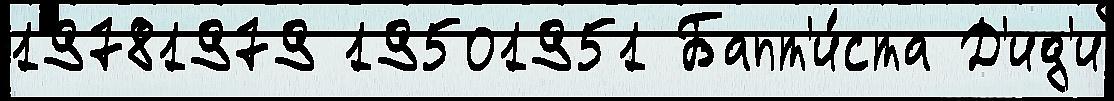
19781979 19501951 Бапт'и́ста Д'ид'и